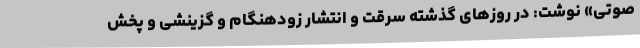
صوتی» نوشت: در روزهای گذشته سرقت و انتشار زودهنگام و گزینشی و پخش